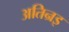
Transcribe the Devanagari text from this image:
अतिन्रइ